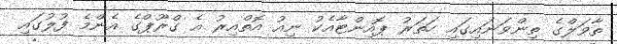
ތާވަލްގެ ތިންވަނައިގައި ހަތަރު ޕޮއިންޓާއެކު ނިއު އޮތްއިރު އެ ގްރޫޕްގެ އެންމެ ފުލުގައި